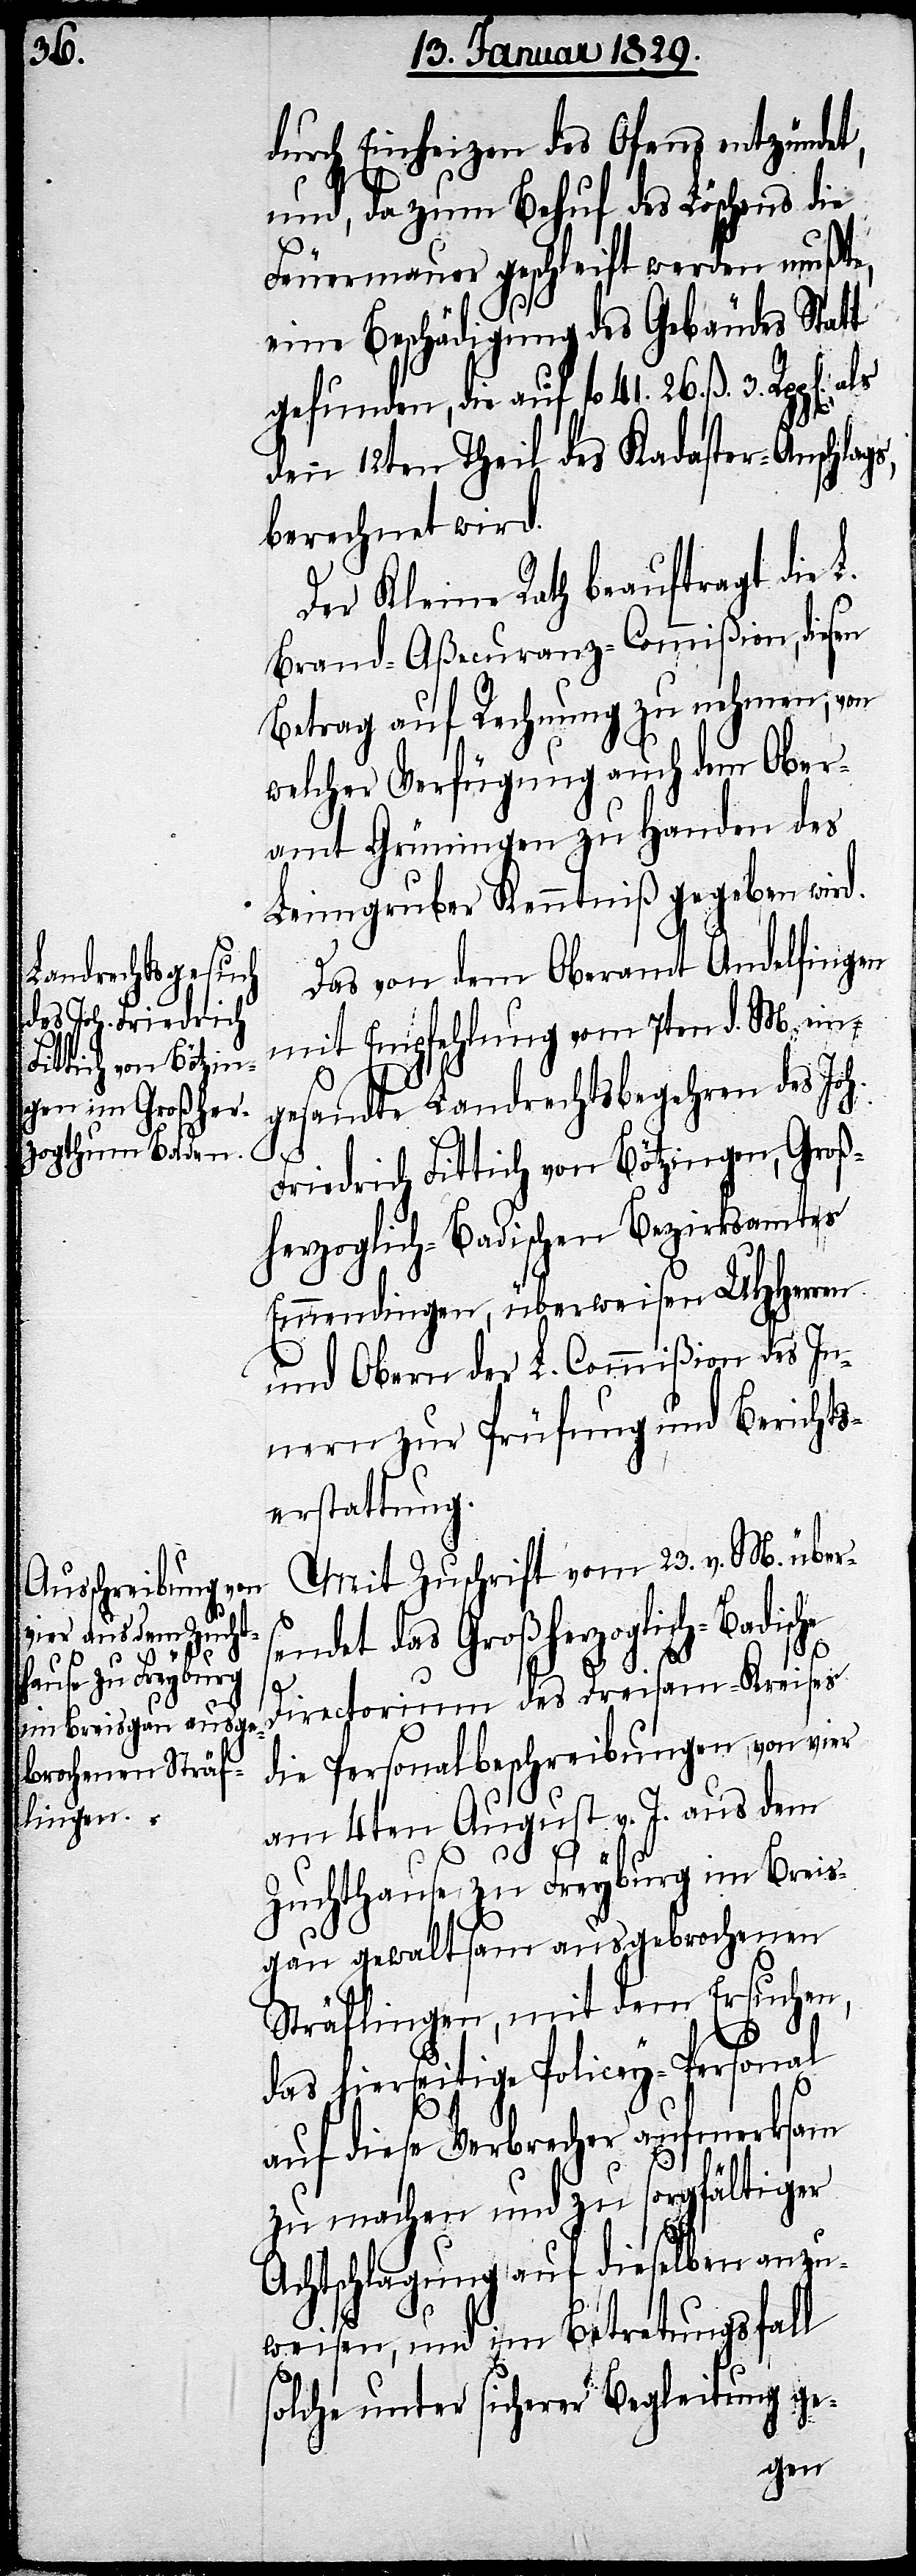
durch Einheizen des Ofens entzündet,
und, da zum Behuf des Löschens die
Feuermauer geschleift werden mußte,
eine Beschädigung des Gebäudes Statt
gefunden, die auf fl. 41. 26. ß. 3.
den 12ten Theil des Kadaster-Anschlags,
berechnet wird.
Der Kleine Rath beauftragt die L.
Brand-Aßecuranz-Commißion, diesen
Betrag auf Rechnung zu nehmen; von
welcher Verfügung auch dem Ober¬
amt Grüningen zu Handen des
Leimgruber Kenntniß gegeben wird.
Das von dem Oberamt Andelfingen
mit Empfehlung vom 7ten d. M. ein¬
gesandte Landrechtsbegehren des Joh.
he
Friedrich Fittich von Bötzingen, Groß¬
herzoglich-Badischen Bezirksamtes
Emmendingen, überweisen UHHerren
und Obern der L. Commißion des In¬
nern zur Prüfung und Berichts¬
erstattung.
Mit Zuschrift vom 23. v. M. über¬
ndet das Großherzoglich-Badisc¬
Directorium des Dreisam-Kreises
die Personalbeschreibungen von vier
am 4ten August v. J. aus dem
Zuchthause zu Freyburg im Breis¬
gau gewaltsam ausgebrochenen
Sträflingen, mit dem Ersuchen,
das hierseitige Policey-Personal
auf diese Verbrecher aufmerksam
zu machen und zu sorgfältiger
Achtschlagung auf dieselben anzu¬
weisen, und im Betretungsfall
solche unter sicherer Begleitung ge-